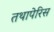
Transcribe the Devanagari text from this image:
तथापेरिस